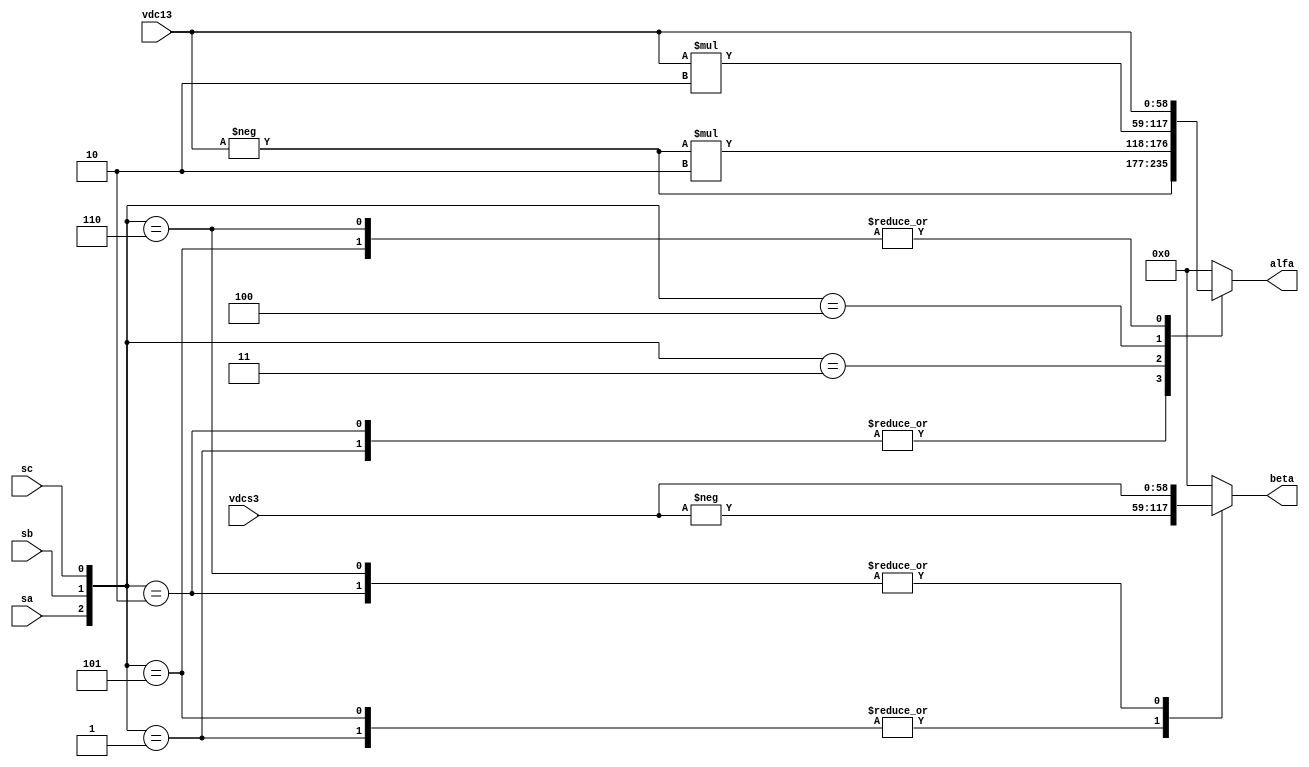
module abc_alfabeta(
    input sa,
    input sb,
    input sc,
    input [58:0] vdc13,
    input [58:0] vdcs3,
    output [58:0] alfa,
    output [58:0] beta
    );

    wire [2:0] s;    
    assign s = {sa,sb,sc};
      
    reg [58:0] out1;
    reg [58:0] out2;    
    
    assign alfa = out1;
    assign beta = out2;
 
 
    ///////////////////////////////////////////////////
    // LOOK-UP-TABLE CONVERTIDOR
    ///////////////////////////////////////////////////  
    always @(*) begin
     case (s)
            3'b001 : begin
                        out1 = -vdc13;    
                        out2 = -vdcs3;
                     end
            3'b010 : begin
                        out1 = -vdc13;
                        out2 = vdcs3;
                     end
            3'b011 : begin
                        out1 = -vdc13*2;
                        out2 = 0;
                     end
            3'b100 : begin
                        out1 = vdc13*2;
                        out2 = 0;
                     end
            3'b101 : begin
                        out1 = vdc13;
                        out2 = -vdcs3;
                     end
            3'b110 : begin
                        out1 = vdc13;
                        out2 = vdcs3;
                     end
            default: begin
                        out1 = 0;
                        out2 = 0;
                     end
          endcase
     
     end
     
     
endmodule